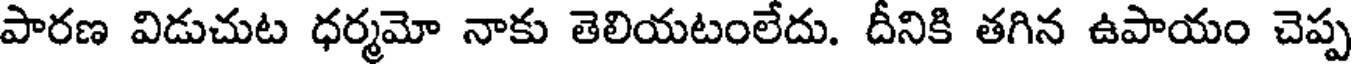
పారణ విడుచుట ధర్మమో నాకు తెలియటంలేదు. దీనికి తగిన ఉపాయం చెప్ప